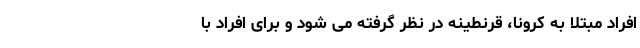
افراد مبتلا به کرونا، قرنطینه در نظر گرفته می شود و برای افراد با